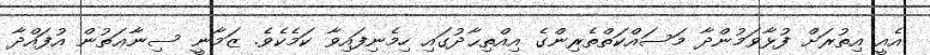
އެއީ އިތުރަށް ފުޅާވަމުންދާ މަސައްކަތްތެރިންގެ އިއްތިޙާދުގައި ހިމެނިފައިވާ ކަމެކެވެ. ޒަމާނީ ސިނާޢަތުން އުފައްދާ